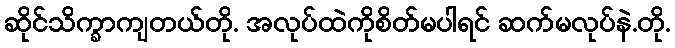
ဆိုင်သိက္ခာကျတယ်တို. အလုပ်ထဲကိုစိတ်မပါရင် ဆက်မလုပ်နဲ.တို.